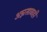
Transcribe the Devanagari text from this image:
अन्नसाठाही